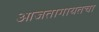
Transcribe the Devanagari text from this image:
आजतागायतचा